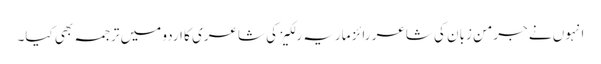
انہوں نے جرمن زبان کی شاعر رائز ماریہ رلکیز کی شاعری کا اردو میں ترجمہ بھی کیا۔